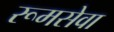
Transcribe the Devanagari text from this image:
रूमसेवा